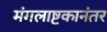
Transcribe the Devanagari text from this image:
मंगलाष्टकानंतर